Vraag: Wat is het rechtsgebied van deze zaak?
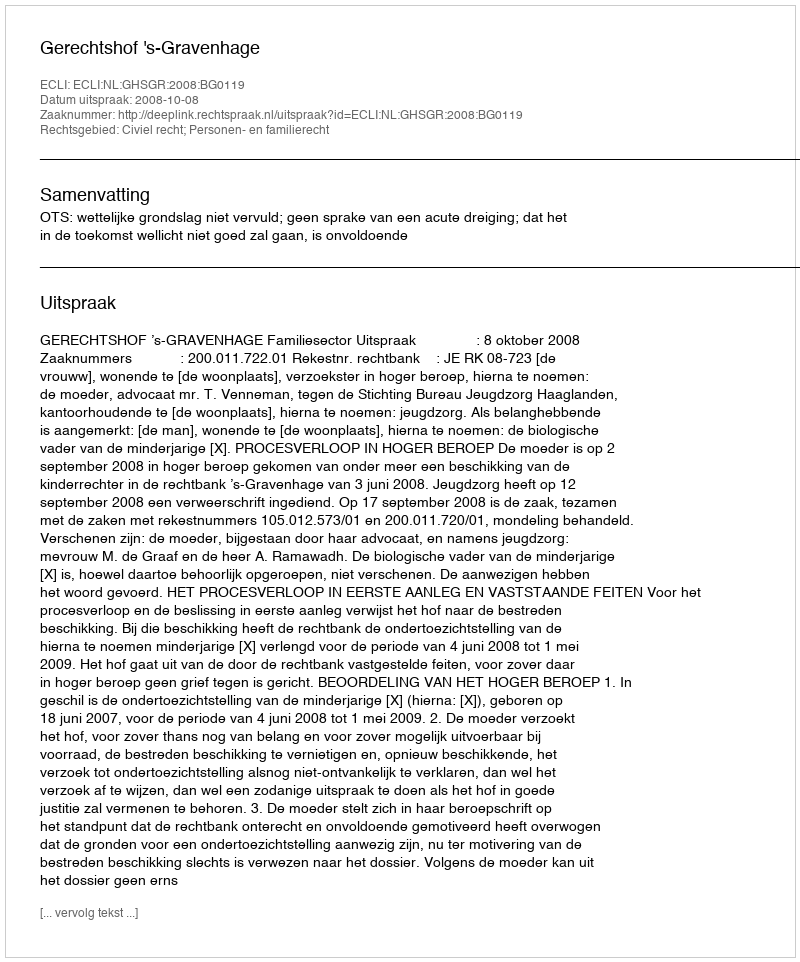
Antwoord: Civiel recht; Personen- en familierecht